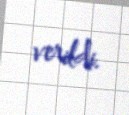
verildi.